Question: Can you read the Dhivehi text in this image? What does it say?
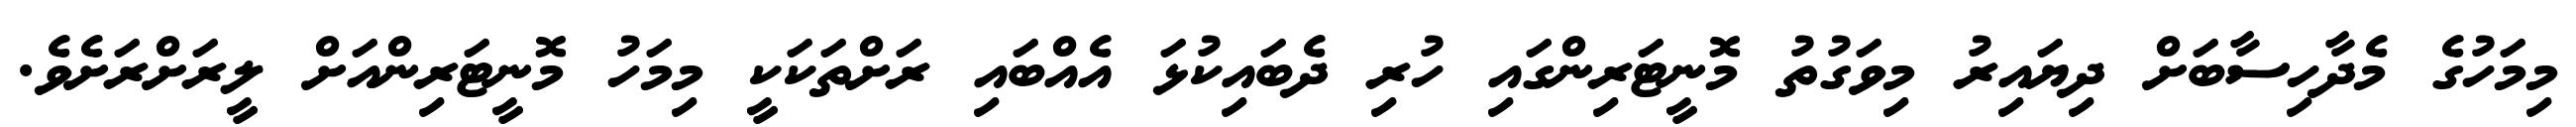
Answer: މިމަހުގެ މެދާހިސާބަށް ދިޔައިރު މިވަގުތު މޮނީޓަރިންގައި ހުރި ދެބައިކުޅަ އެއްބައި ރަށްތަކަކީ މިމަހު މޮނީޓަރިންއަށް ލީރަށްރަށެވެ.